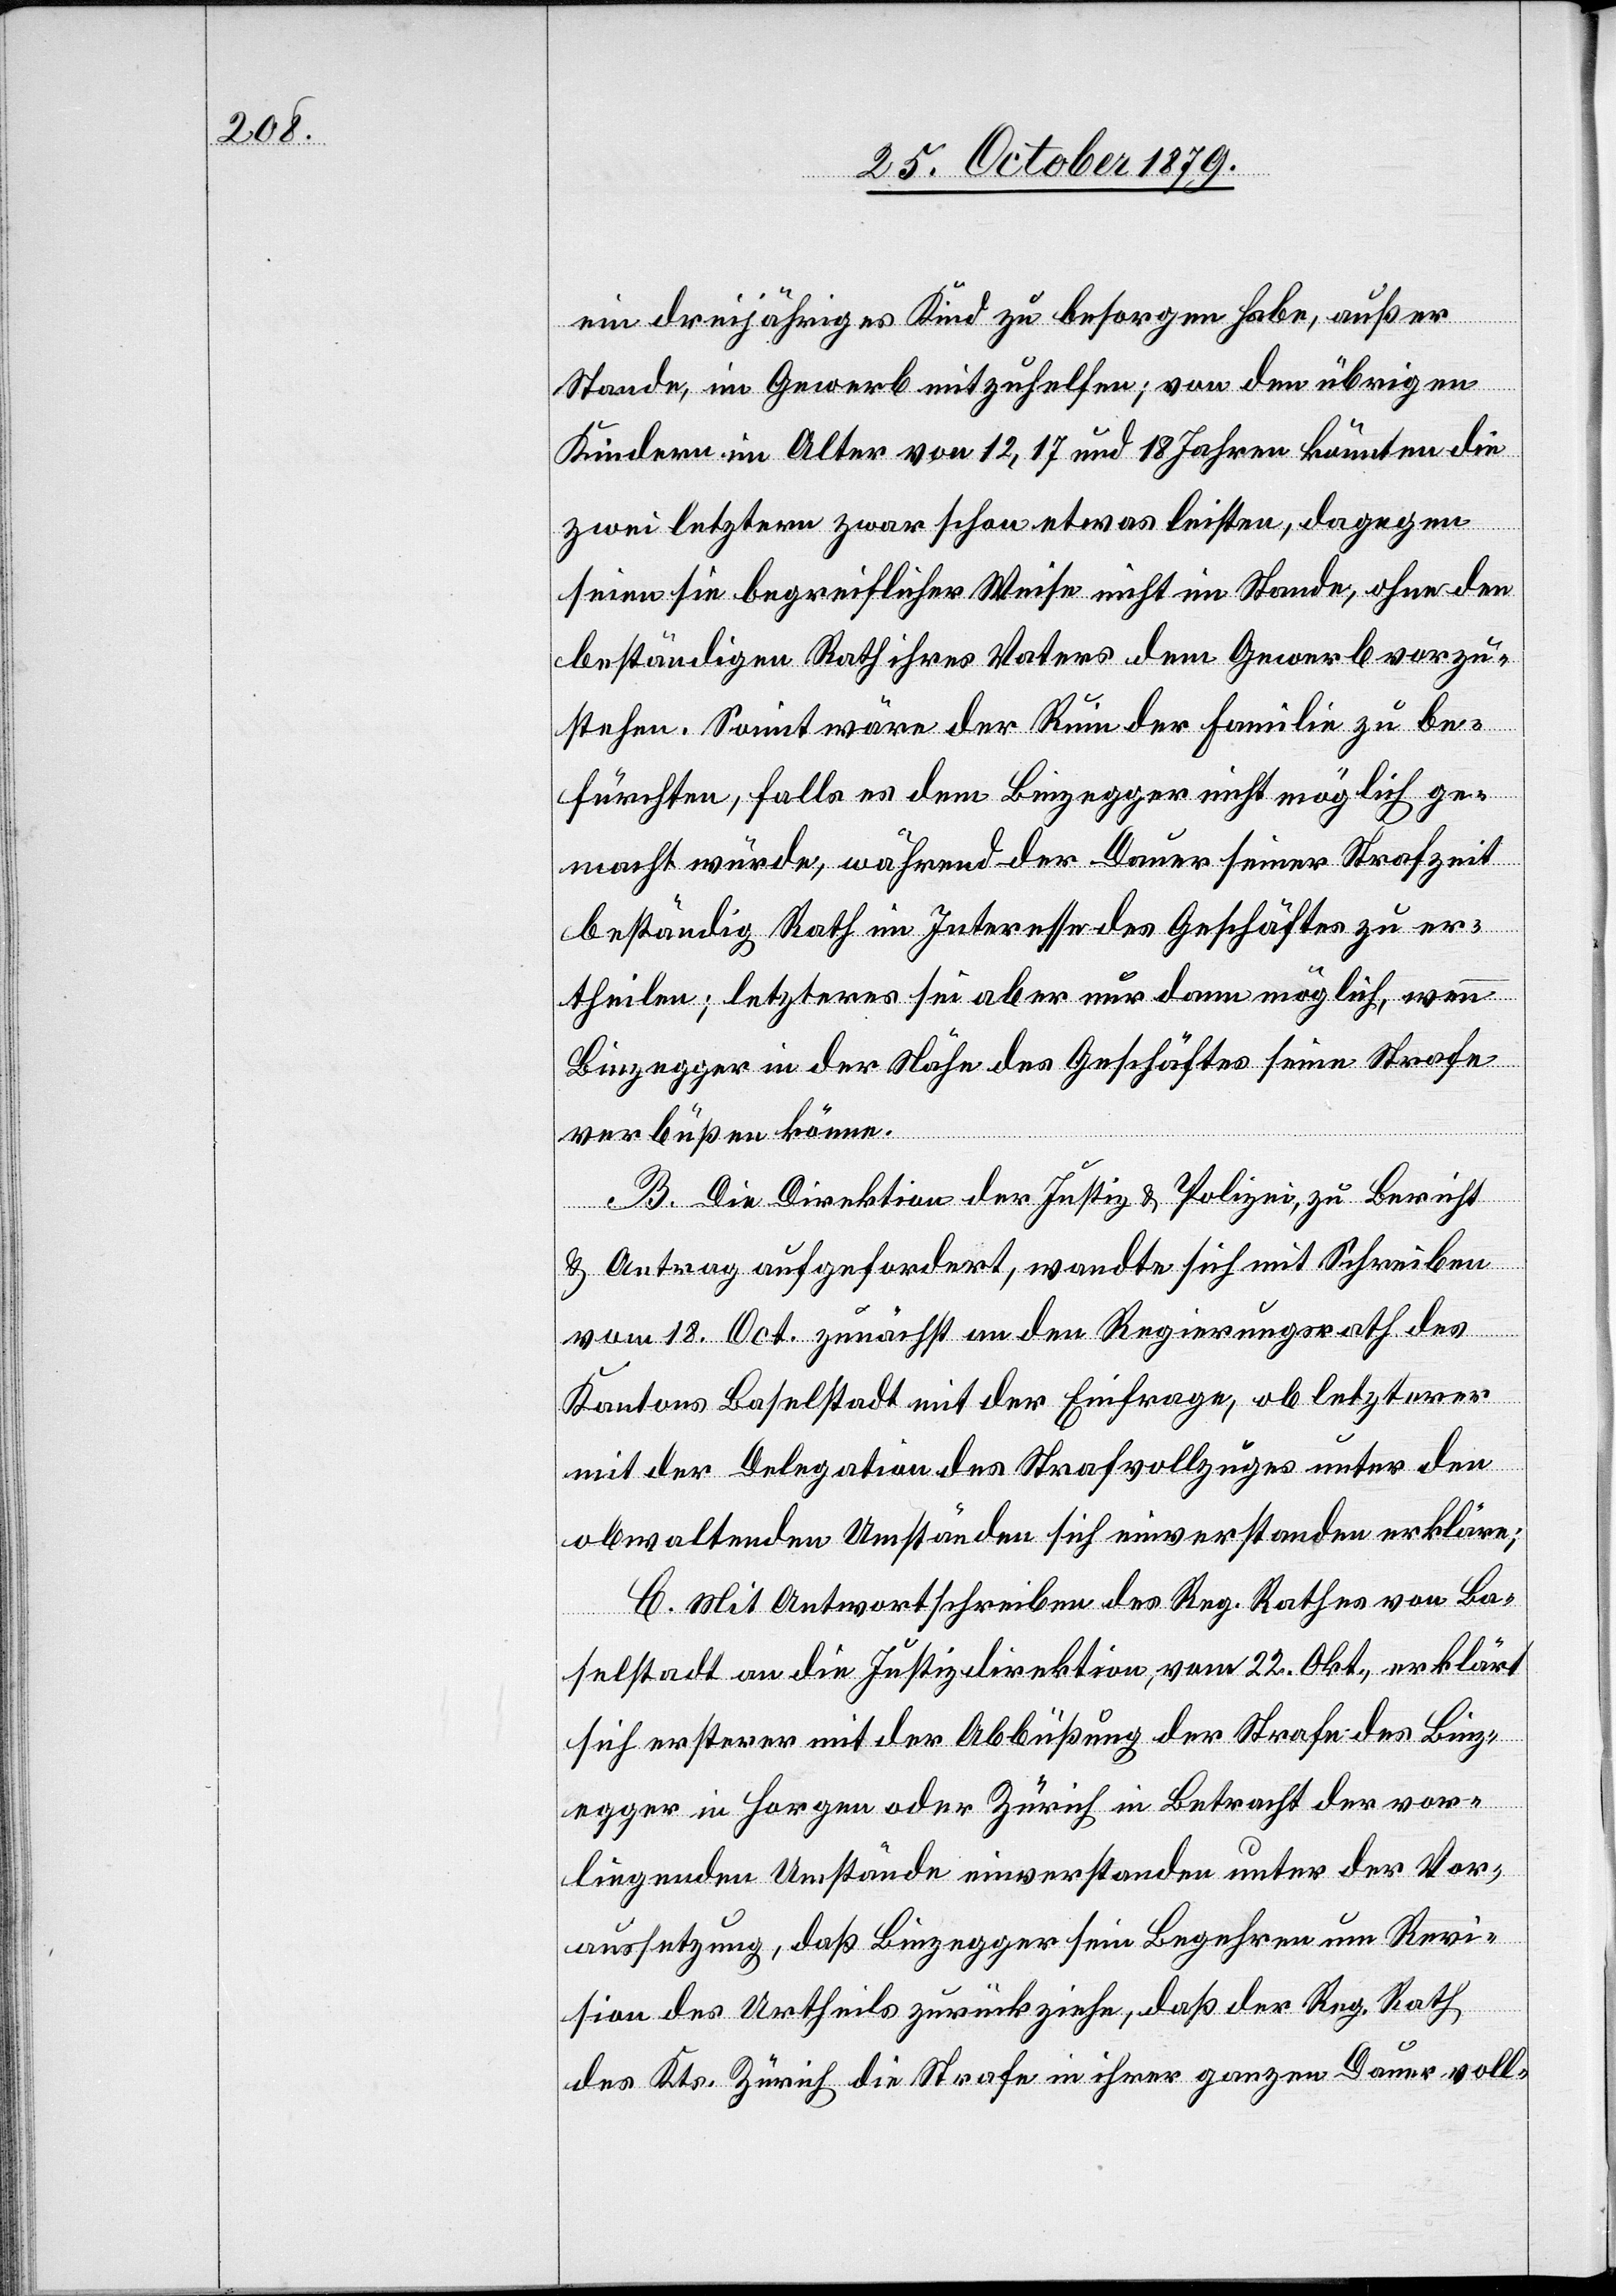
ein dreijähriges Kind zu besorgen habe, außer
Stande, im Gewerb mitzuhelfen; von den übrigen
Kindern im Alter von 12, 17 und 18 Jahren könnten die
zwei letztern zwar schon etwas leisten, dagegen
seien sie begreiflicher Weise nicht im Stande, ohne den
beständigen Rath ihres Vaters dem Gewerb vorzu¬
stehen. Somit wäre der Ruin der Familie zu be¬
fürchten, falls es dem Binzegger nicht möglich ge¬
macht würde, während der Dauer seiner Strafzeit
beständig Rath im Interesse des Geschäftes zu er¬
theilen; letzteres sei aber nur dann möglich, wenn
Binzegger in der Nähe des Geschäftes seine Strafe
verbüßen könne.
B. Die Direktion der Justiz & Polizei, zu Bericht
& Antrag aufgefordert, wandte sich mit dem Schreiben
vom 18. Oct. zunächst an den Regierungsrath des
Kantons Baselstadt, mit der Einfrage, ob letzterer
mit der Delegation des Strafvollzuges unter den
obwaltenden Umständen sich einverstanden erkläre:
C. Mit Antwortschreiben des Reg. Rathes von Ba¬
selstadt an die Justizdirektion, vom 22. Okt., erklärt
sich ersterer mit der Abbüßung der Strafe des Binz¬
egger in Horgen oder Zürich in Betracht der vor¬
liegenden Umstände einverstanden unter der Vor¬
aussetzung, daß Binzegger sein Begehren um Revi¬
sion des Urtheils zurückziehe, daß der Reg. Rath
des Kts. Zürich die Strafe in ihrer ganzen Dauer voll-